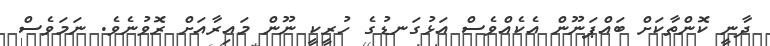
ދާނީ ކޮންތާކަށް ބައްޕަނޫން އެކެއްވެސް އަޅުގަނޑުގެ ހުރީކީ ނޫން މައިރާއަށް ރޮވުނެވެ. ނަމަވެސް